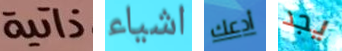
ذاتية اشياء أدعك يجد